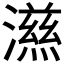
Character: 𭲵